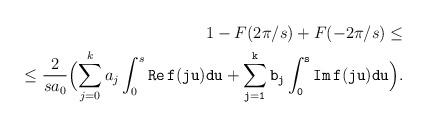
LaTeX: \begin{align*}\begin{aligned}1-F(2\pi /s)+ F(-2\pi /s) \le \\ \le \frac{2}{s a_0}\Bigl(\sum_{j=0}^k a_j \int_{0}^{s}\tt{Re}\, f(ju)du + \sum_{j=1}^k b_j \int_{0}^{s}\tt{Im}\, f(ju)du \Bigr).\end{aligned}\end{align*}